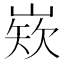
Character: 𡺏